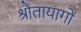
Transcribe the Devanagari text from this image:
श्रौतायागों